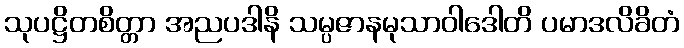
သုပဋ္ဌိတစိတ္တာ အညပဒါနိ သမ္ပဇာနမုသာဝါဒေါတိ ပမာဒလိခိတံ